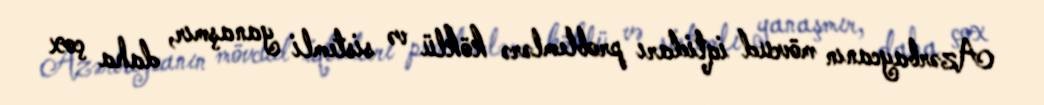
Azərbaycanın mövcud iqtidarı problemlərə köklü və sistemli yanaşmır, daha çox